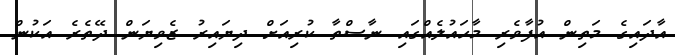
އާދައިގެ މަތިން އުފާވެރި މާހައުލެއްގައި ނާސްތާ ކުރިއަށް ދިޔައިރު ޒެވިޔަން ދޭތެރެ އަކުން